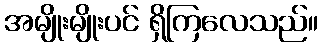
အမျိုးမျိုးပင် ရှိကြလေသည်။